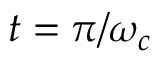
t = \pi / \omega _ { c }